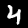
Label: 4